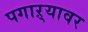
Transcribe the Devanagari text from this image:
पगाऱ्यावर